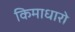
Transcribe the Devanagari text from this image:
किमाधारो